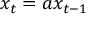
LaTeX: x _ { t } = a x _ { t - 1 }